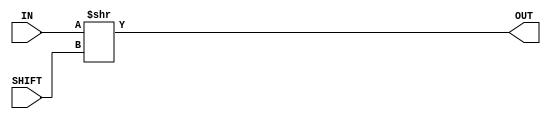
module f9_test_1(input [63:0] IN, input [6:0] SHIFT, output [63:0] OUT);
assign OUT = IN >> SHIFT;
endmodule